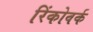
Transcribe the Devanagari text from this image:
रिंकोवर्क